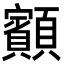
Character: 顮